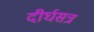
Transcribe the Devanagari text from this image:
दीर्घसत्र